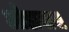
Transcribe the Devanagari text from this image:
ओडावास